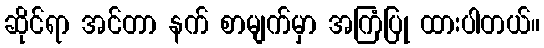
ဆိုင်ရာ အင်တာ နက် စာမျက်မှာ အကြံပြု ထားပါတယ်။